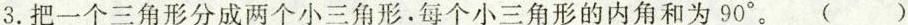
3.把一个三角形分成两个小三角形，每个小三角形的内角和为90°。 ()